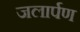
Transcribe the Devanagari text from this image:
जलार्पण